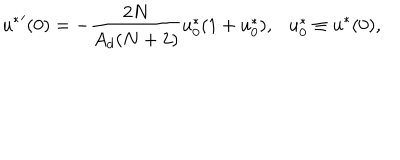
\left. u ^ { * } \right. ^ { \prime } ( 0 ) = - \frac { 2 N } { A _ { d } ( N + 2 ) } u _ { 0 } ^ { * } ( 1 + u _ { 0 } ^ { * } ) , \ \ \ u _ { 0 } ^ { * } \equiv u ^ { * } ( 0 ) ,